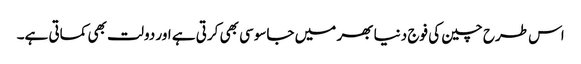
اس طرح چین کی فوج دنیا بھر میں جاسوسی بھی کرتی ہے اور دولت بھی کماتی ہے۔